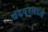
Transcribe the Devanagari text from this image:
चंद्रपूरमध्ये